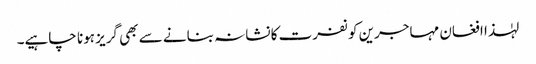
لہٰذا افغان مہاجرین کو نفرت کا نشانہ بنانے سے بھی گریز ہونا چاہیے۔